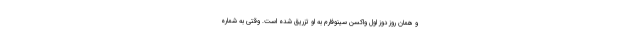
و همان روز دوز اول واکسن سینوفارم به او تزریق شده است. وقتی به شماره